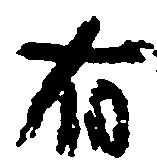
有